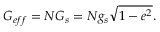
G _ { e f f } = N G _ { s } = N g _ { s } \sqrt { 1 - e ^ { 2 } } .